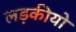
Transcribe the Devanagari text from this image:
लड़कीयो